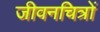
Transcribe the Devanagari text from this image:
जीवनचित्रों